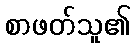
စာဖတ်သူ၏